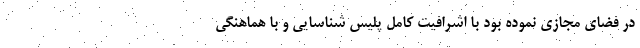
در فضای مجازی نموده بود با اشرافیت کامل پلیس شناسایی و با هماهنگی